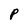
Character: P